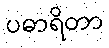
ပဓာရိတာ